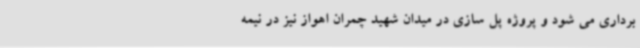
برداری می شود و پروژه پل سازی در میدان شهید چمران اهواز نیز در نیمه